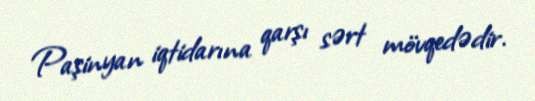
Paşinyan iqtidarına qarşı sərt mövqedədir.